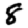
Digit: 8